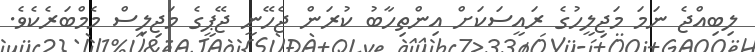
ލިބިއްޖެ ނަމަ މަޖިލީހުގެ ރައީސަކަށް އިންތިހާބު ކުރަން ޖެހޭނީ ޖޭޕީގެ މަޖިލިސް މެމްބަރެކެވެ.